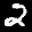
Label: 2